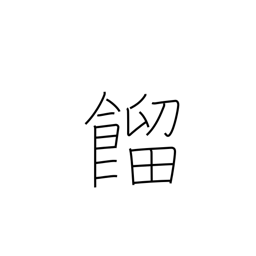
Meaning: steaming rice